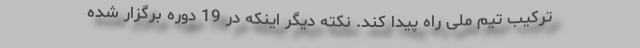
ترکیب تیم ملی راه پیدا کند. نکته دیگر اینکه در 19 دوره برگزار شده